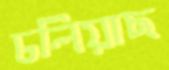
ঢলিয়াছ